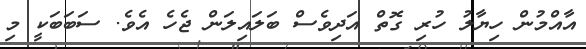
އާއްމުން ހިޔާލު ހުރި ގޮތް އަދިވެސް ބަލައިލަން ޖެހެ އެވެ. ސަބަބަކީ މި